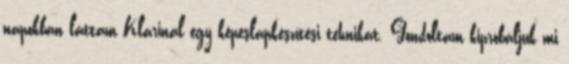
napokban láttam Klárinál egy képeslapkészítési tehnikát. Gondoltam kipróbáljuk mi